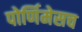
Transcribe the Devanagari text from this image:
पोर्णिमेसच